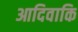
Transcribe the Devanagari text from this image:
आदिवाकि